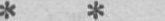
* *